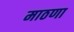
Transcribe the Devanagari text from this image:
माठणा